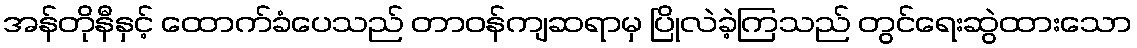
အန်တိုနီနှင့် ထောက်ခံပေသည် တာဝန်ကျဆရာမှ ပြိုလဲခဲ့ကြသည် တွင်ရေးဆွဲထားသော